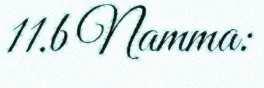
11.b Namma: